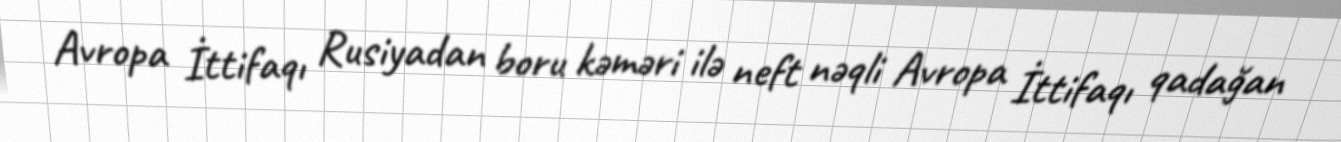
Avropa İttifaqı Rusiyadan boru kəməri ilə neft nəqli Avropa İttifaqı qadağan